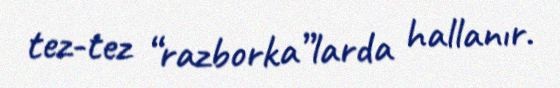
tez-tez “razborka”larda hallanır.